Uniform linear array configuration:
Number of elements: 64
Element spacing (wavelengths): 0.5
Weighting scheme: uniform
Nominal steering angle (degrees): -60
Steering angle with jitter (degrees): -58.9
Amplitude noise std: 0.05
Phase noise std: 0.05

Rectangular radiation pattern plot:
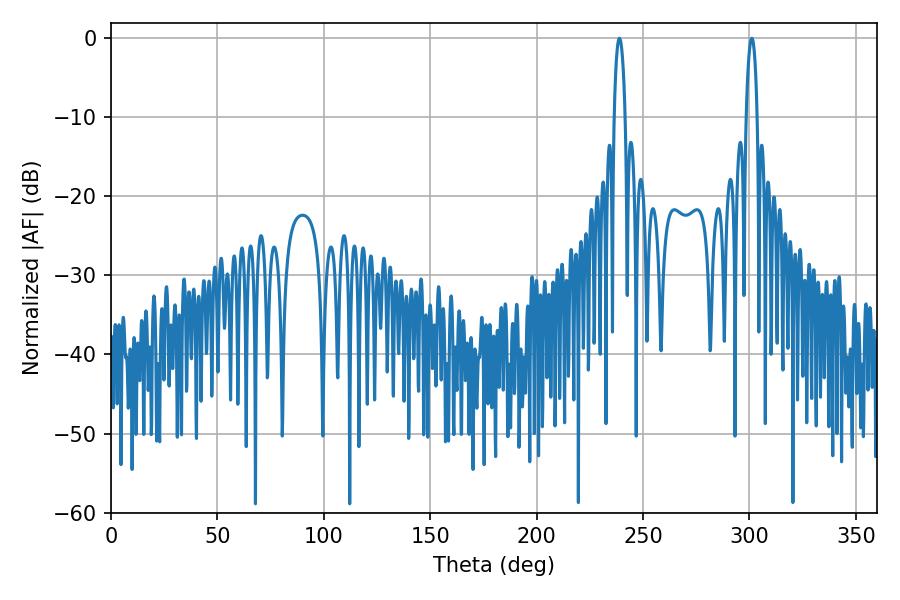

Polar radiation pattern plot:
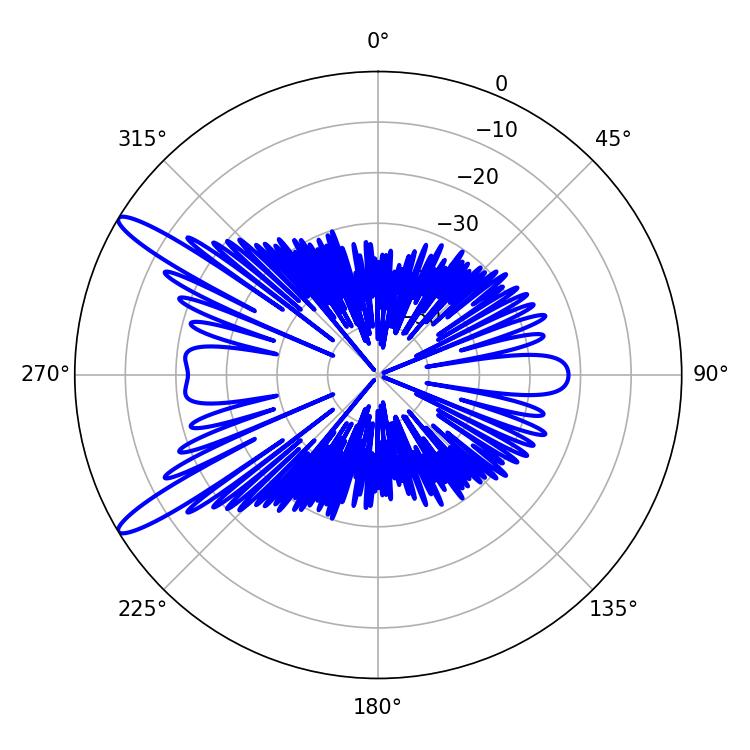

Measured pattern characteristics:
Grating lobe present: FALSE
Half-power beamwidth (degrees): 2.88
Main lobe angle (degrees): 238.86